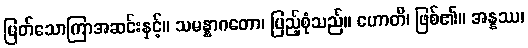
မြတ်သောကြာအဆင်းနှင့်။ သမန္နာဂတော၊ ပြည့်စုံသည်။ ဟောတိ၊ ဖြစ်၏။ အန္နဿ၊